Leaving Certificate Examination (including Day School Certificate (Higher) General paper), 1929
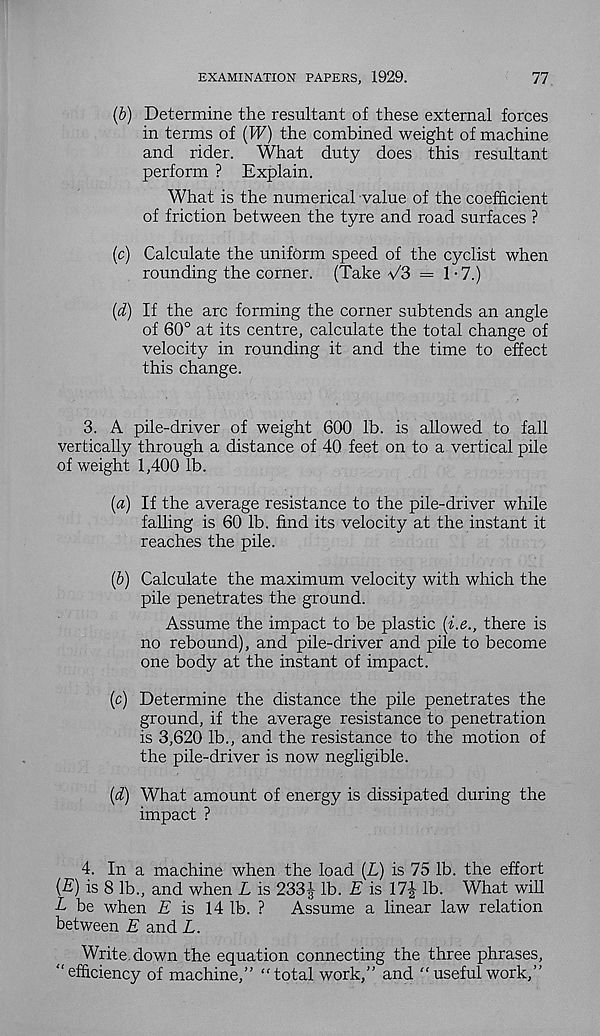
EXAMINATION PAPERS, 1929.
77
(b) Determine the resultant of these external forces
in terms of i^V) the combined weight of machine
and rider. What duty does this resultant
perform ? Explain.
What is the numerical value of the coefficient
of friction between the tyre and road surfaces ?
(c) Calculate the uniform speed of the cyclist when
rounding the corner. (Take \/3 = 1-7.)
(i) If the arc forming the corner subtends an angle
of 60° at its centre, calculate the total change of
velocity in rounding it and the time to effect
this change.
3. A pile-driver of weight 600 lb. is allowed to fall
vertically through a distance of 40 feet on to a vertical pile
of weight 1,400 lb.
[а) If the average resistance to the pile-driver while
falling is 60 lb. find its velocity at the instant it
reaches the pile.
(б) Calculate the maximum velocity with which the
pile penetrates the ground.
Assume the impact to be plastic (i.e., there is
no rebound), and pile-driver and pile to become
one body at the instant of impact.
(c) Determine the distance the pile penetrates the
ground, if the average resistance to penetration
is 3,620 lb., and the resistance to the motion of
the pile-driver is now negligible.
{d) What amount of energy is dissipated during the
impact ?
4. In a machine when the load (L) is 75 lb. the effort
(£) is 8 lb., and when L is 2334 lb. E is 17J lb. What will
L be when E is 14 lb. ?
Assume a linear law relation
between E and L.
Write down the equation connecting the three phrases,
“efficiency of machine,” “total work,” and “ useful work,”